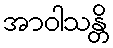
အာဝါသန္တိ